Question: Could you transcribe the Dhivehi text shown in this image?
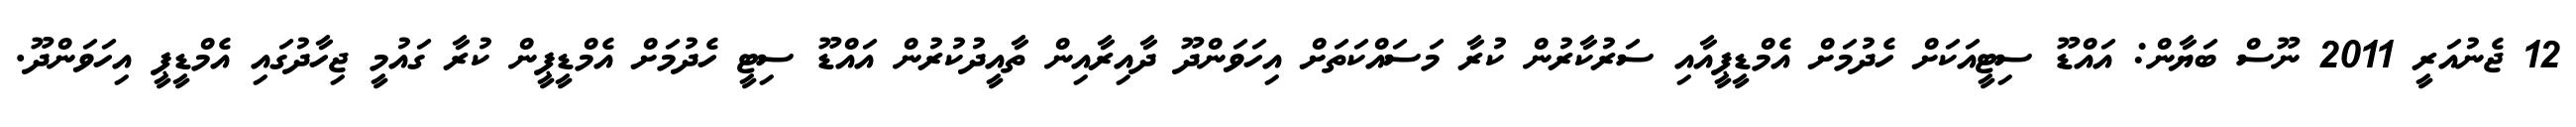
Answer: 12 ޖެނުއަރީ 2011 ނޫސް ބަޔާން: އައްޑޫ ސިޓީއަކަށް ހެދުމަށް އެމްޑީޕީއާއި ސަރުކާރުން ކުރާ މަސައްކަތަށް އިހަވަންދޫ ދާއިރާއިން ތާއީދުކުރުން އައްޑޫ ސިޓީ ހެދުމަށް އެމްޑީޕީން ކުރާ ގައުމީ ޖިހާދުގައި އެމްޑީޕީ އިހަވަންދޫ.